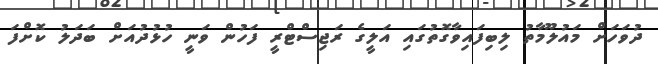
ދުވަހަށް މައުލޫމާތު ލިބިފައިވާގޮތުގައި އަލީގެ ރަޖިސްޓްރީ ފަހުން ވަނީ ހުޅުދުއަށް ބަދަލު ކޮށްފަ